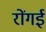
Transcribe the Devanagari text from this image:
रोंगई